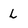
Character: L